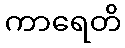
ကာရေတိ